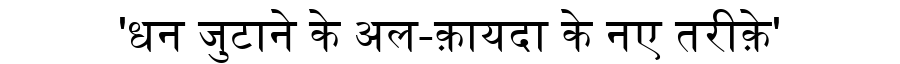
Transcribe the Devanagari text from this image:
'धन जुटाने के अल-क़ायदा के नए तरीक़े'